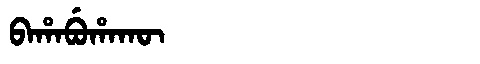
Manchu: ᠪᠠᡥᠠᠪᡠᡥᠠᡴᡡ
Romanization: BAHABUHAKŪ